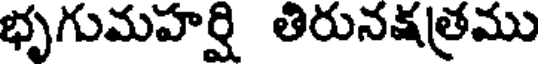
భృగుమహర్షి తిరునక్షత్రము